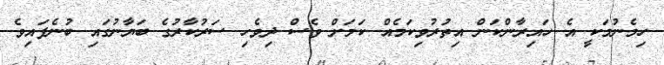
ހިމެނުމަކީ އެ ހައިރާންކަން އިތުރުވިކަމެއް ކަމަށް ވެސް ދިވެހި ސަރުކާރުގެ ބަޔާނުގައި ބުނެފައިވެ